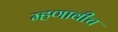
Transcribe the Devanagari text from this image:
म्हणावीच